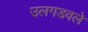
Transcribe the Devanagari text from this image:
उलगडवले